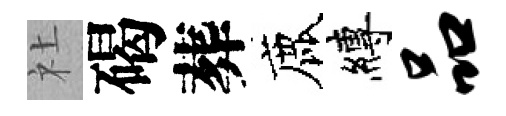
社碣葬鹿縛品